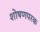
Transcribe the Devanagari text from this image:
शोषणपरक